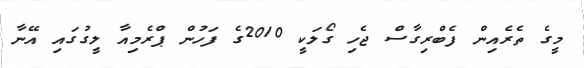
މީގެ ތެރެއިން ފެބްރިގާސް ޖެހި ގޯލަކީ 2010ގެ ފަހުން ޕްރެމިއާ ލީގުގައި އޭނާ